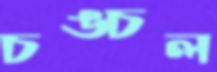
চঙ্চল